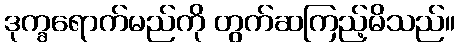
ဒုက္ခရောက်မည်ကို တွက်ဆကြည့်မိသည်။